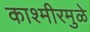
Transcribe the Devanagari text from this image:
काश्मीरमुळे